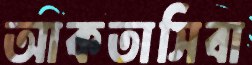
আকতাসিবা